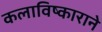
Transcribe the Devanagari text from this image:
कलाविष्काराने